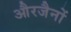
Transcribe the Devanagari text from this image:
औरजैनों